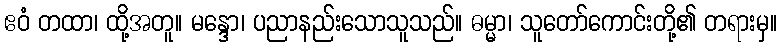
ဧဝံ တထာ၊ ထို့အတူ။ မန္ဒော၊ ပညာနည်းသောသူသည်။ ဓမ္မာ၊ သူတော်ကောင်းတို့၏ တရားမှ။